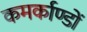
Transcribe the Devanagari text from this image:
कमर्काण्डों